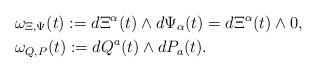
LaTeX: \begin{align*}&\omega_{\Xi,\Psi}(t):=d\Xi^{\alpha}(t)\wedge d\Psi_{\alpha}(t)=d\Xi^{\alpha}(t)\wedge0,\\&\omega_{Q,P}(t):=dQ^{a}(t)\wedge dP_{a}(t).\end{align*}